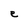
Character: e